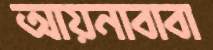
আয়নাবাবা